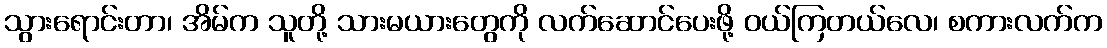
သွားရောင်းတာ၊ အိမ်က သူတို့ သားမယားတွေကို လက်ဆောင်ပေးဖို့ ဝယ်ကြတယ်လေ၊ စကားလက်က